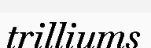
trilliums